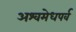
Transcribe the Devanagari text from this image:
अश्वमेधपर्व